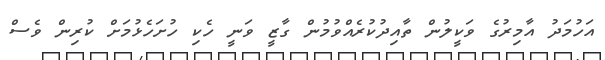
އަހުމަދު އާމިރުގެ ވަކީލުން ތާއިދުކުރެއްވުމުން ގާޒީ ވަނީ ހެކި ހުށަހެޅުމަށް ކުރިން ވެސް